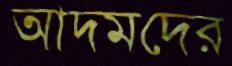
আদমদের